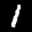
Label: 1